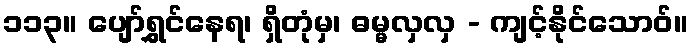
၁၁၃။ ပျော်ရွှင်နေရ၊ ရှိတုံမှ၊ ဓမ္မလှလှ - ကျင့်နိုင်သောဝ်။